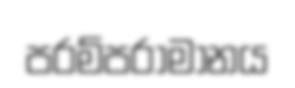
පරම්පරාමානය